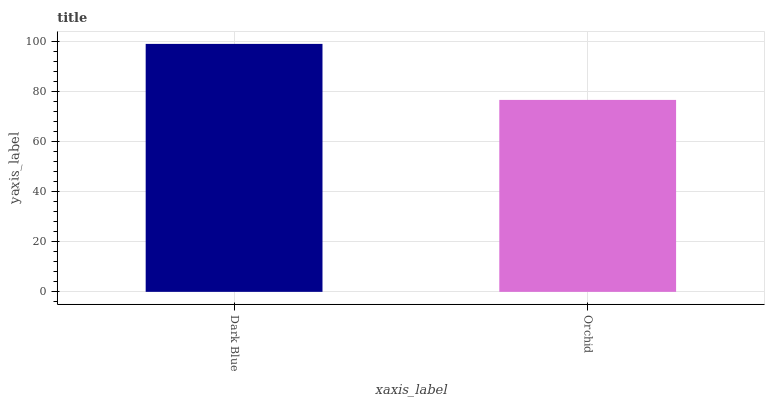
| xaxis_label | bars |
 | --- | --- |
 | Dark Blue | 99 |
 | Orchid | 76.6 |